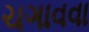
ચગાવવા